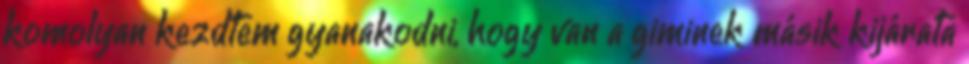
komolyan kezdtem gyanakodni, hogy van a giminek másik kijárata